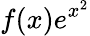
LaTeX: f(x)e^{x^{2}}